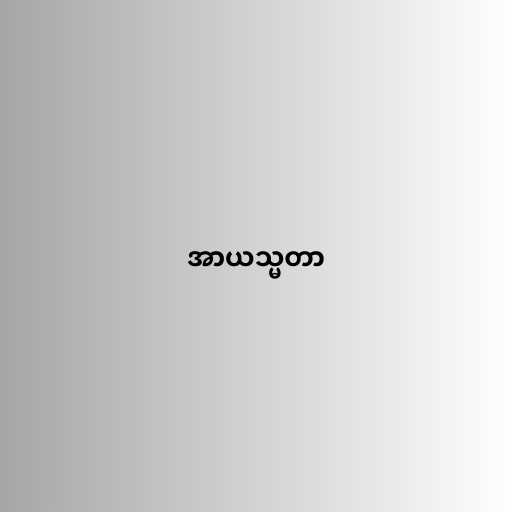
အာယသ္မတာ